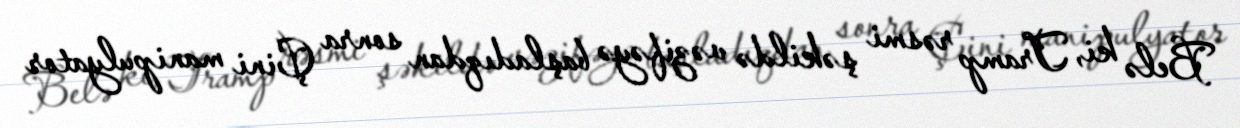
Belə ki, Tramp rəsmi şəkildə vəzifəyə başladıqdan sonra Çini manipulyator